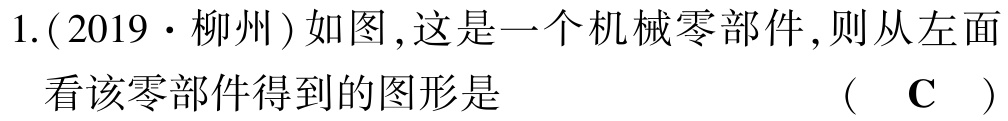
1.(2019·柳州)如图,这是一个机械零部件,则从左面看该零部件得到的图形是 （ C ）